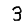
Digit: 3